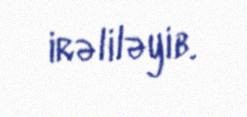
irəliləyib.